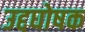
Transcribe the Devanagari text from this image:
उद्दघोषक